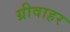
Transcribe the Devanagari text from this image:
ग्रीवाहर